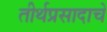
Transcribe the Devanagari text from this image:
तीर्थप्रसादाचे